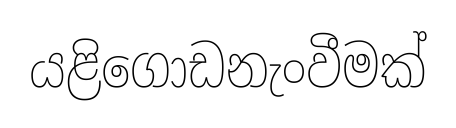
යළිගොඩනැංවීමක්